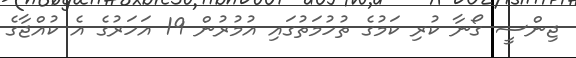
ޖިންސީ ގޯނާ ކުރި ކަމުގެ ތުހުމަތުގައި އުމުރުން 19 އަހަރުގެ އެ ކުއްޖާގެ